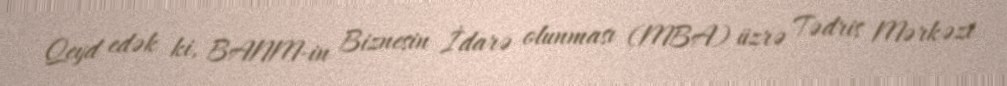
Qeyd edək ki, BANM-in Biznesin İdarə olunması (MBA) üzrə Tədris Mərkəzi